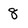
Character: 8